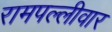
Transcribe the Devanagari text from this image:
रामपल्लीवार